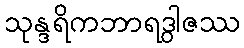
သုန္ဒရိကဘာရဒွါဇဿ